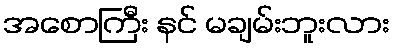
အစောကြီး နင် မချမ်းဘူးလား